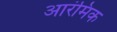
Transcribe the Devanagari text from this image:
आरंमिक